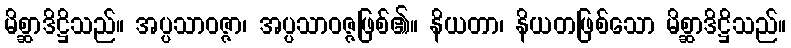
မိစ္ဆာဒိဋ္ဌိသည်။ အပ္ပသာဝဇ္ဇာ၊ အပ္ပသာဝဇ္ဇဖြစ်၏။ နိယတာ၊ နိယတဖြစ်သော မိစ္ဆာဒိဋ္ဌိသည်။